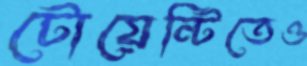
টোয়েন্টিতেও